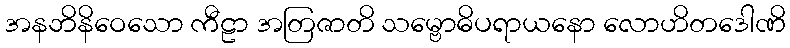
အနဘိနိဝေသော ကီဠာ အတြဇာတိ သမ္ဗောဓိပရာယနော လောဟိတဒေါဏိ